Scottish Leaving Certificate Examination, 1958
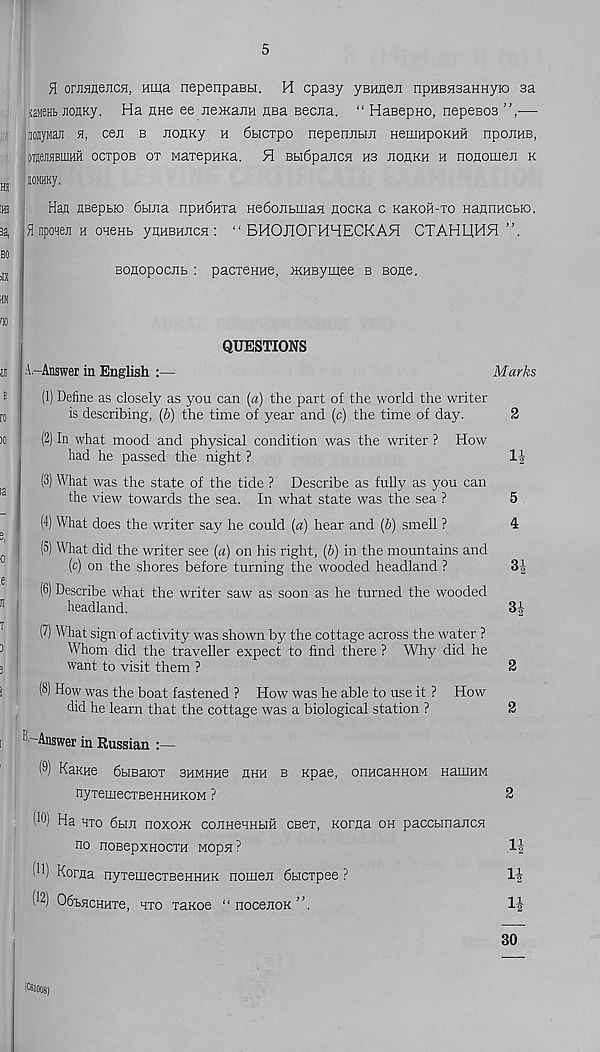
5
H onraflejicfl, Hina nepenpaebi. H cpaay yBHnen npHBnaaHHyio 3a
witt jioflKy. Ha nae ee nemajin HBa Beciia. “ HaBepno, nepesos ”,—
iiojyMaJi h, cen b noHKy h dticxpo nepenjiBin HeuiHpoKHH npoJiHB,
oTsejiaBioHH ocxpoB ot MaxepHKa. H BBi6paJicH hs jioukh h nonomeji k
lOMHKy.
Han neepBio 6buia npndHxa He6ojibmaa nocKa c KaKOH-xo HannHCbBD.
H nponen h oneab ynHBHJicH : “ BHOjQOFHHECKAH CTAHIjHH
Boflopocnb : pacxeHHe, >KHBymee b Bone.
QUESTIONS
A,-Answer in English :—
Marks
(1) Define as closely as you can (a) the part of the world the writer
is describing, (b) the time of year and (c) the time of day.
2
(2) In what mood and physical condition was the writer ? How
had he passed the night ?
1|
(3) What was the state of the tide ? Describe as fully as you can
the view towards the sea. In what state was the sea ?
5
(4) What does the writer say he could («) hear and (6) smell ?
4
(5) What did the writer see [a) on his right, (6) in the mountains and
(c) on the shores before turning the wooded headland ?
3|
(6) Describe what the writer saw as soon as he turned the wooded
headland.
3|
(7) What sign of activity was shown by the cottage across the water ?
Whom did the traveller expect to find there ? Why did he
want to visit them ?
2
(8) How was the boat fastened ? How was he able to use it ? How
did he learn that the cottage was a biological station ?
2
Answer in Russian :—
(®) KaKHe dbisaiox 3HMHHe hhh b Kpae, ormcaHHOM HauiHM
nyxemecxBeHHHKOM ?
2
(W) Ha hxo 6bui noxoxK coJiHenHUH csex, Korna oh paccbinancH
no noBepxHOCXH Mopa?
H
Korna nyxemecxBeHHHK nomen 6bicxpee ?
1J
(^) OSbHCHHxe, hxo xaxoe “ nocenoK ”
1|
30
(ftlOOS)